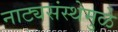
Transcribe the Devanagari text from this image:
नाट्यसंस्थेमुळे